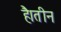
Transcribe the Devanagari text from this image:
है।तीन